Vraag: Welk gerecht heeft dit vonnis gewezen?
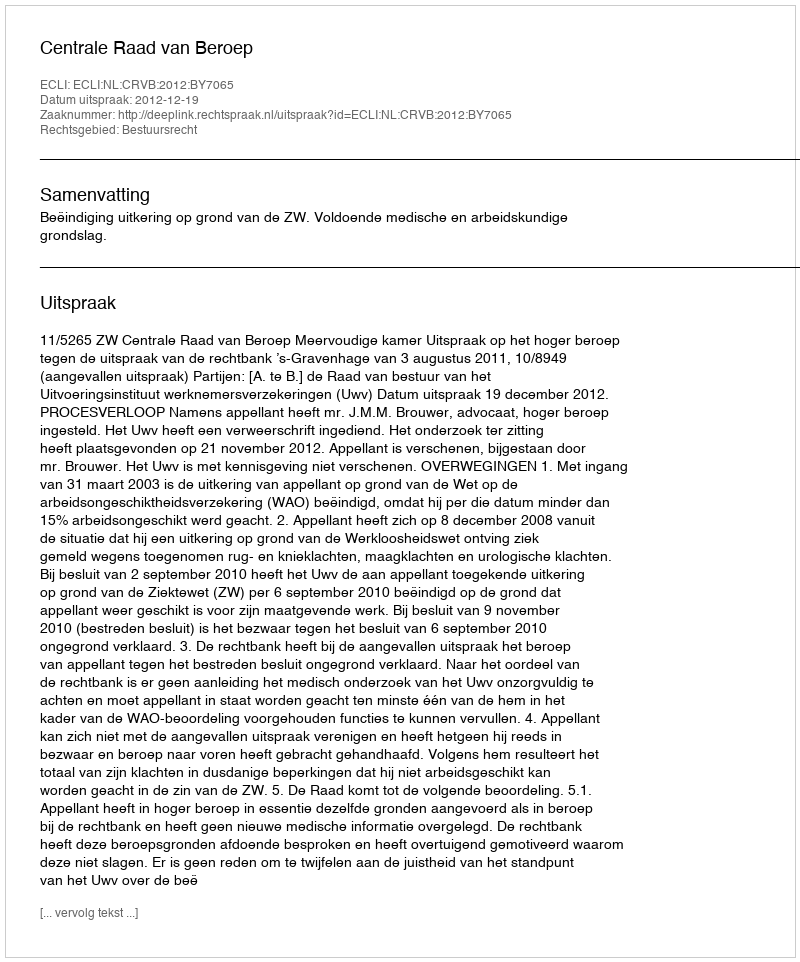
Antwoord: Centrale Raad van Beroep